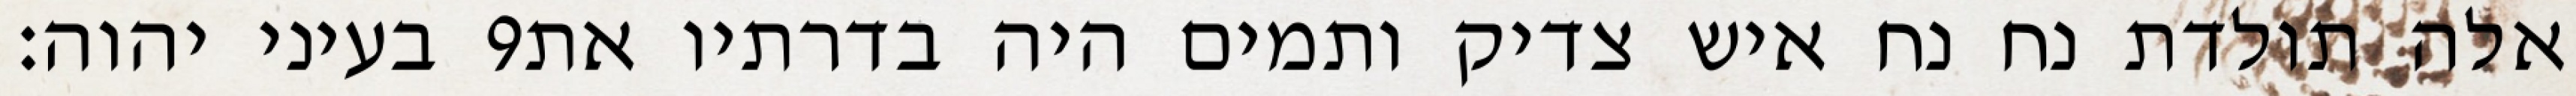
בעיני יהוה׃ ‎9‏ אלה תולדת נח נח איש צדיק ותמים היה בדרתיו את